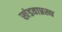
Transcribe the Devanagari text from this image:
खंडवाप्रस्थ